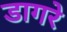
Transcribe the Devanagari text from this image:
डागरे